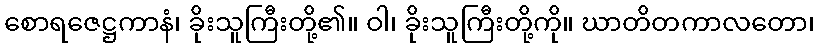
စောရဇေဋ္ဌကာနံ၊ ခိုးသူကြီးတို့၏။ ဝါ၊ ခိုးသူကြီးတို့ကို။ ဃာတိတကာလတော၊